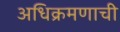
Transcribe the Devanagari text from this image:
अधिक्रमणाची